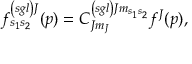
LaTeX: f _ { s _ { 1 } s _ { 2 } } ^ { \left( s g l \right) J } ( p ) = C _ { J m _ { J } } ^ { \left( s g l \right) J m _ { s _ { 1 } s _ { 2 } } } f ^ { J } ( p ) ,